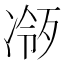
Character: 𪞧